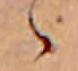
ゝ